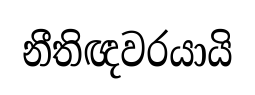
නීතිඥවරයායි